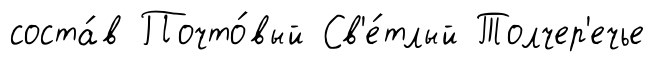
соста́в Почто́вый Св'е́тлый Толчер'ечье